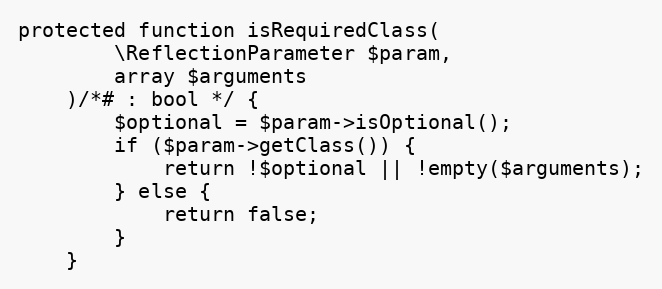
Language: PHP
protected function isRequiredClass(
        \ReflectionParameter $param,
        array $arguments
    )/*# : bool */ {
        $optional = $param->isOptional();
        if ($param->getClass()) {
            return !$optional || !empty($arguments);
        } else {
            return false;
        }
    }